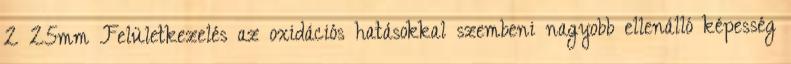
2×25mm Felületkezelés az oxidációs hatásokkal szembeni nagyobb ellenálló képesség